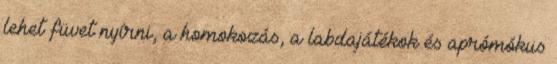
lehet füvet nyírni, a homokozás, a labdajátékok és aprómókus